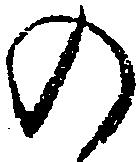
の